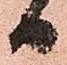
日